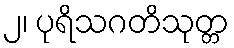
၂၊ ပုရိသဂတိသုတ္တ